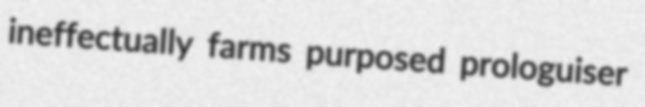
ineffectually farms purposed prologuiser